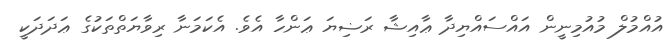
އުއްމުލް މުއުމިނީން އައްސައްޔިދާ ޢާއިޝާ ރަޟިޔަ ޢަންހާ އެވެ. އެކަމަނާ ރިވާޔަތްތަކުގެ ޢަދަދަކީ